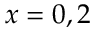
x = 0 , 2